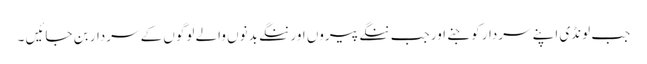
جب لونڈی اپنے سردار کو جنے اور جب ننگے پیروں اور ننگے بدنوں والے لوگوں کے سردار بن جائیں ۔